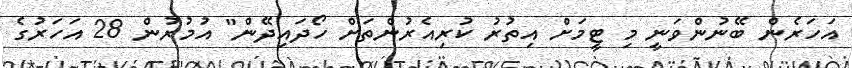
އަހަރެން ބޭނުންވަނީ މި ޓީމަށް އިތުރު ކުރިއެރުންތަށް ހޯދައިދޭން" އުމުރުން 28 އަހަރުގެ